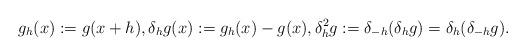
LaTeX: \begin{align*}g_h(x):=g(x+h), \delta_h g(x):=g_h(x)-g(x), \delta^2_h g:=\delta_{-h}(\delta_h g)=\delta_h(\delta_{-h} g).\end{align*}